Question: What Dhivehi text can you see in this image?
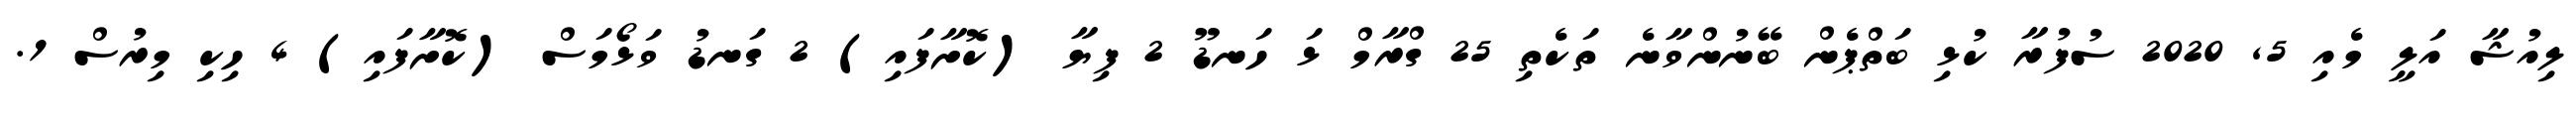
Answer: ލިއުޝާ އަލީ މެއި 5, 2020 ސުފުރާ ކުޅި ބަތްޕެން ބޭނުންވާނެ ތަކެތި 25 ގްރާމް ޅަ ހަނޑޫ 2 ފިޔާ (ކޮށާފައި) 2 ގަނޑު ވަޅޯމަސް (ކޮށާފައި) 4 ހިކި މިރުސް 1.